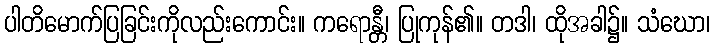
ပါတိမောက်ပြခြင်းကိုလည်းကောင်း။ ကရောန္တီ၊ ပြုကုန်၏။ တဒါ၊ ထိုအခါ၌။ သံဃော၊